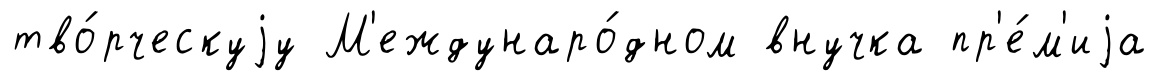
тво́рческуjу М'еждунаро́дном внучка пр'е́м'иjа